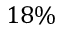
1 8 \%